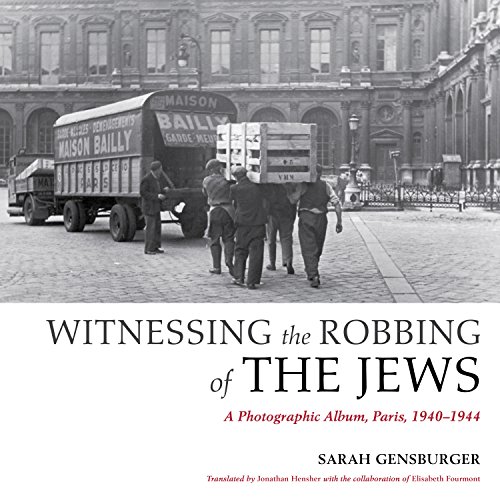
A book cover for Witnessing the Robbing of the Jews: A Photographic Album, Paris, 1940-1944; Sarah Gensburger; History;